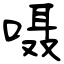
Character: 嗫